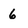
Character: 6